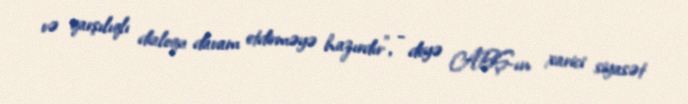
və qarşılıqlı dialoqu davam etdirməyə hazırdır”, - deyə ABŞ-ın xarici siyasət